Medical and sanitary report of the native army of Bengal for the year
Year: 1877
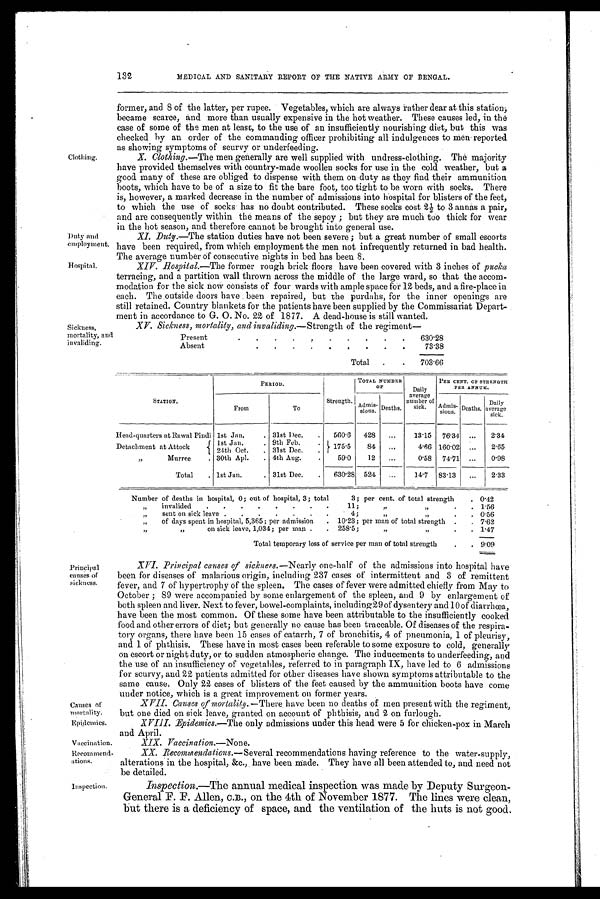
Clothing.
Duty and
employment.
Hospital.
Sickness,
mortality, and
invaliding.
Causes of
mortality.
Epidemics.
Vaccination.
Recommend-
ations.
Inspection.
132
MEDICAL AND SANITARY REPORT OF THE NATIVE ARMY OF BENGAL.
former, and 8 of the latter, per rupee. Vegetables, which are always rather dear at this station,
became scarce, and more than usually expensive in the hot weather. These causes led, in the
case of some of the men at least, to the use of an insufficiently nourishing diet, but this Was
checked by an order of the commanding officer prohibiting all indulgences to Men reported
as showing symptoms of scurvy or underfeeding.
X. Clothing.—The men generally are well supplied with undress-clothing. The majority
have provided themselves with country-made woollen socks for use in the cold weather, but
good many of these are obliged to dispense with them on duty as they find their ammunition
boots, which have to be of a size to fit the bare foot, too tight to be worn with socks. There
is, however, a marked decrease in the number of admissions into hospital for blisters of the feet,
to which the use of socks has no doubt contributed. These socks cost 2½ to 3 annas a pair,
and are consequently within the means of the sepoy ; but they are much tub thick for wear
in the hot season, and therefore cannot be brought into general use.
XI. Duty .—The station duties have not been severe ; but a great number of small escorts
have been required, from which employment the men not infrequently returned in bad health.
The average number of consecutive nights in bed has been 8.
XIV.
Hospital.—The
former rough brick floors have been covered with 3 inches Of pucka
terracing, and a partition wall thrown across the middle of the large ward, so that the accom-
modation for the sick now consists of four wards with ample space for 12 beds, and a fire-place in
each. The outside doors have been repaired, but the purdahs, for the inner openings are
still retained. Country blankets for the patients have been supplied by the Commissariat Depart-
ment in accordance to G. O. No. 22 of 1877. A dead-house is still wanted.
XV.
Sickness, mortality, and invaliding.— Strength of the regiment
Present
. . . . . . . . . .
630.28
Absent
. . . . .
.
. . . .
73.38
Total
.
.
703.66
S T A T I O N .
PERIOD.
Strength
TOTAL NUMBER
OF
Daily
average
number of
sick.
PER CENT. OF STRENGTH
PER ANNUM.
From
To
A d m i s -
sions. Deaths.
Admis-
sions. Deaths.
Daily
average
sick.
Head-quarters at Rawal Pindi 1st Jan.
. 31st Dec.
.
560.6
428
...
13.15
76.34
...
2.34
Detachment at Attock
1st Jan.
.
24th Oct.
.
9th Feb.
.
31st Dec.
.
175.5
84
...
4.66 160.02 ...
2.65
„
Murree
. 30th Apl.
. 4th Aug.
.
59.0
12
...
0.58
74.71
...
0.98
Total
. 1st Jan.
, 31st Dec.
.
630.28 524
...
14.7
83.13
...
2.33
Number of deaths in hospital, 0; out of hospital, 3; total
3; per cent. of total strength
. 0.42
„
invalided
.
.
.
.
.
.
.
.
11;
„ „
. .
1.56
„
sent on sick leave .
.
.
.
.
.
.
4;
„ „
. .
0.56
„
of days spent in hospital, 5,365; per admission
. 10.23; per man of total strength .
. 7.62
„
on sick leave, 1,034; per man .
. 258.5;
„ „
.
. 1.47
Total temporary loss of service per man of total strength
.
. 9.09
Principal
causes of
sickness.
XVI.
Principal causes of sickness.— Nearly one-half of the admissions into hospital have
been for diseases of malarious origin, including 237 cases of intermittent and 3 of remittent
fever, and 7 of hypertrophy of the spleen. The cases of fever were admitted chiefly from May to
October ; 89 were accompanied by some enlargement of the spleen, and 9 by enlargement of
both spleen and liver. Next to fever, bowel-complaints, including 29 of dysentery and 10 of diarrbœa,
have been the most common. Of these some have been attributable to the insufficiently cooked
food and other errors of diet; but generally no cause has been traceable. Of diseases of the respira-
tory organs, there have been 15 cases of catarrh, 7 of bronchitis, 4 of pneumonia, 1 of pleurisy,
and 1 of phthisis. These have in most cases been referable to some exposure to cold, generally
on escort or night duty, or to sudden atmospheric change. The inducements to underfeeding, and
the use of an insufficiency of vegetables, referred to in paragraph IX, have led to 6 admissions
for scurvy, and 22 patients admitted for other diseases have shown symptoms attributable to the
same cause: Only 22 cases of blisters of the feet caused by the ammunition boots have come
under notice, which is a great improvement on former years.
XVII.
Causes of mortality . —There have been no deaths of men present with the regiment,
but one died on sick leave, granted on account of phthisis, and 2 on furlough.
XVIII.
Epidemics.—The only admissions under this head were 5 for chicken-pox in March
and April.
XIX.
Vaccination.—None.
XX.
Recommendations.— Several recommendations having reference to the water-supply,
alterations in the hospital, &c., have been made. They have all been attended to, and need not
be detailed.
Inspection.—The annual medical inspection was made by Deputy Surgeon-
General F. F. Allen, C.B., on the 4th of November 1877. The lines were clean,
but there is a deficiency of space, and the ventilation of the huts is not good.